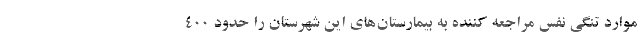
موارد تنگی نفس مراجعه کننده به بیمارستان‌های این شهرستان را حدود ۴۰۰